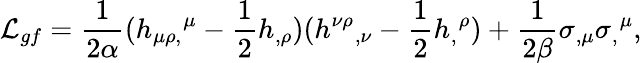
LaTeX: {\cal L}_{gf}={\frac{1}{2\alpha}}(h_{\mu\rho,}{}^{\mu}-{\frac{1}{2}}h_{,\rho})(h^{\nu\rho}{}_{,\nu}-{\frac{1}{2}}h_{,}{}^{\rho})+{\frac{1}{2\beta}}\sigma_{,\mu}\sigma_{,}{}^{\mu},